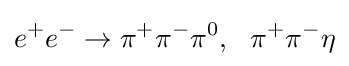
e^{+}e^{-}\to \pi ^{+}\pi ^{-}\pi ^{0},~~\pi ^{+}\pi ^{-}\eta